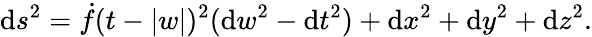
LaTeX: \mathrm{d}s^{2}=\dot{{f}}(t-|w|)^{2}(\mathrm{d}w^{2}-\mathrm{d}t^{2})+\mathrm{d}x^{2}+\mathrm{d}y^{2}+\mathrm{d}z^{2}.